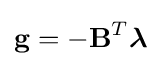
\mathbf {g} =-\mathbf {B} ^{T}{\boldsymbol {\lambda }}